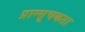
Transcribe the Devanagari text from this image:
प्राग्सूचकता